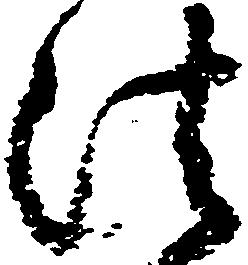
法